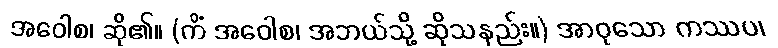
အဝေါစ၊ ဆို၏။ (ကိံ အဝေါစ၊ အဘယ်သို့ ဆိုသနည်း။) အာဝုသော ကဿပ၊